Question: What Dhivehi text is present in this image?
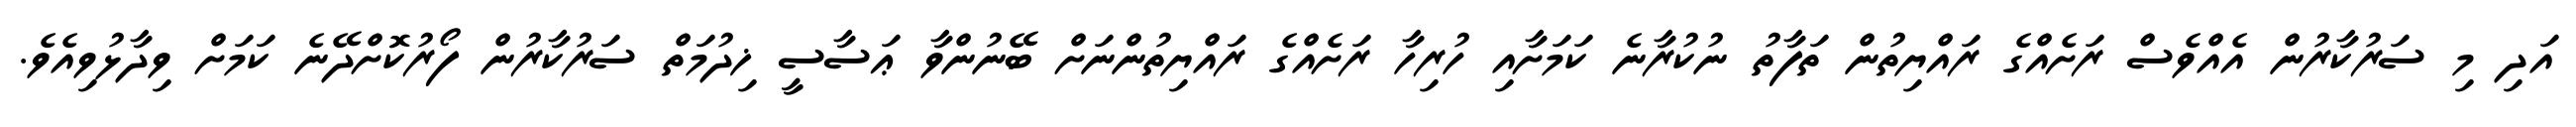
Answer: އަދި މި ސަރުކާރުން އެއްވެސް ރަށެއްގެ ރައްޔިތުން ތަފާތު ނުކުރާނެ ކަމަށާއި ހުރިހާ ރަށެއްގެ ރައްޔިތުންނަށް ބޭނުންވާ ޢަސާސީ ޚިދުމަތް ސަރުކާރުން ފޯރުކޮށްދޭނެ ކަމަށް ވިދާޅުވިއެވެ.